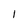
Character: 1